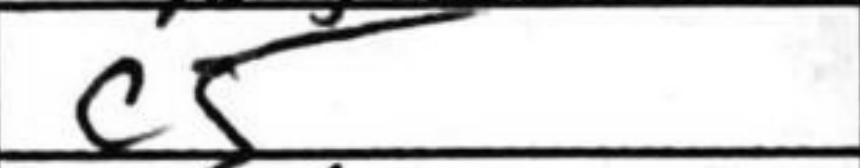
Transcription: c5